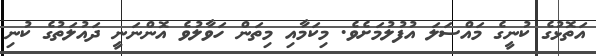
އަތޮޅުގެ ކުނީގެ މައްސަލަ އުފުލުމަށެވެ. މިކަމާއި މިތަން ހަވާލުވެ އޮންނަނީ ދައުލަތުގެ ކުނި